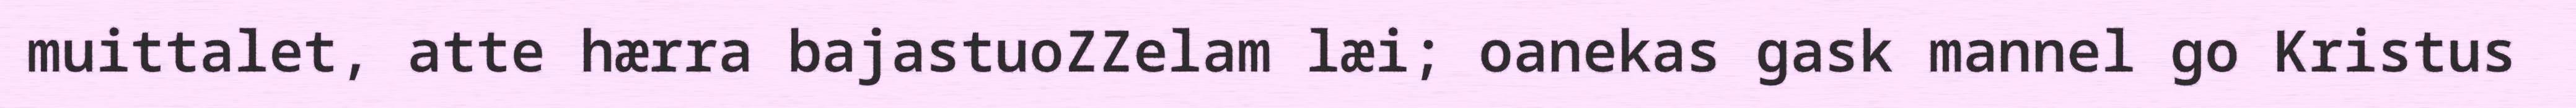
muittalet, atte hærra bajastuoZZelam læi; oanekas gask mannel go Kristus